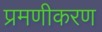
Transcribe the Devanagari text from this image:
प्रमणीकरण